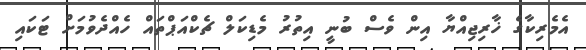
އެމެރިކާގެ ޚާރިޖިއްޔާ އިން ވެސް ބުނީ އިތުރު މެޑިކަލް ޗެކްއަޕްތައް ހެއްދެވުމަށް ޓަކައި